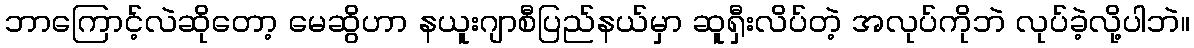
ဘာကြောင့်လဲဆိုတော့ မေဆွိဟာ နယူးဂျာစီပြည်နယ်မှာ ဆူရှီးလိပ်တဲ့ အလုပ်ကိုဘဲ လုပ်ခဲ့လို့ပါဘဲ။